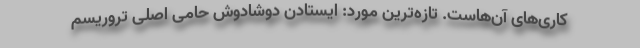
‌کاری‌های آن‌هاست. تازه‌ترین مورد: ایستادن دوشادوش حامی اصلی تروریسم